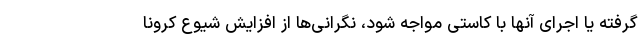
گرفته یا اجرای آنها با کاستی مواجه شود، نگرانی‌ها از افزایش شیوع کرونا